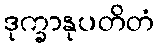
ဒုက္ခာနုပတိတံ